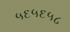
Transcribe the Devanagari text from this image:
५६५६५८